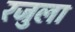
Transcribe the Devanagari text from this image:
रजुला